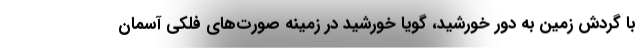
با گردش زمین به دور خورشید، گویا خورشید در زمینه صورت‌های فلکی آسمان